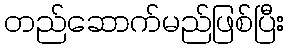
တည်ဆောက်မည်ဖြစ်ပြီး